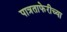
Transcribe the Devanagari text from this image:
पात्रताफेरीच्या